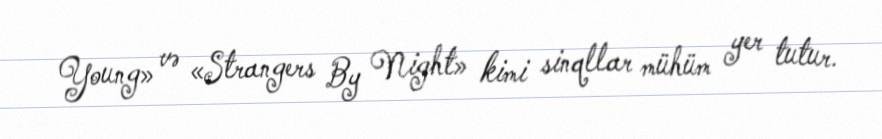
Young» və «Strangers By Night» kimi sinqllar mühüm yer tutur.